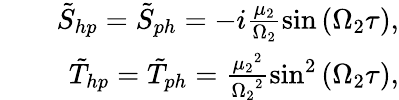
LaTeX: \begin{array}{rlr}&{}&{\tilde{S}_{hp}=\tilde{S}_{ph}=-i\frac{\mu_{2}}{\Omega_{2}}\sin\left(\Omega_{2}\tau\right),}\\ &{}&{\tilde{T}_{hp}=\tilde{T}_{ph}=\frac{{\mu_{2}}^{2}}{{\Omega_{2}}^{2}}\sin^{2}\left(\Omega_{2}\tau\right),}\end{array}